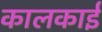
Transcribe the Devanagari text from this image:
कालकाई